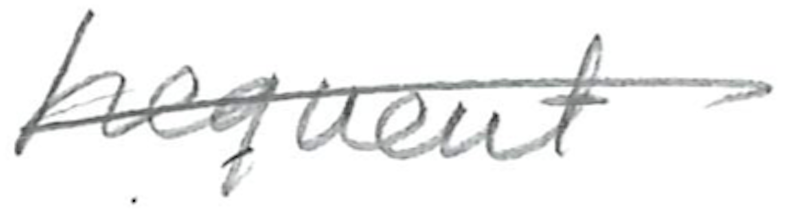
Text: frequent
Cross-out: diagonal
Writing tool: pencil